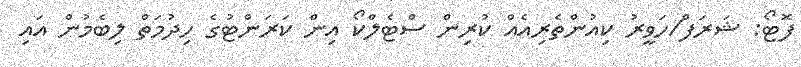
ފޮޓޯ: ޝަރަފް/ހަވީރު ކިއުންތެރިއެއް ކުރިން ސްޓެލްކޯ އިން ކަރަންޓުގެ ހިދުމަތް ލިބެމުން އައި